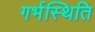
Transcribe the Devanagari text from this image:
गर्भस्थिति